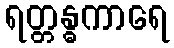
ရတ္တန္ဓကာရေ